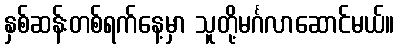
နှစ်ဆန်းတစ်ရက်နေ့မှာ သူတို့မင်္ဂလာဆောင်မယ်။